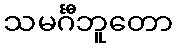
သမင်္ဂီဘူတော